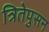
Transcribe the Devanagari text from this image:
त्रितेपुसन